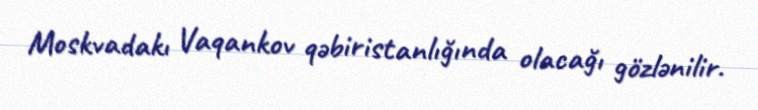
Moskvadakı Vaqankov qəbiristanlığında olacağı gözlənilir.